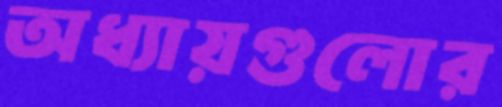
অধ্যায়গুলোর